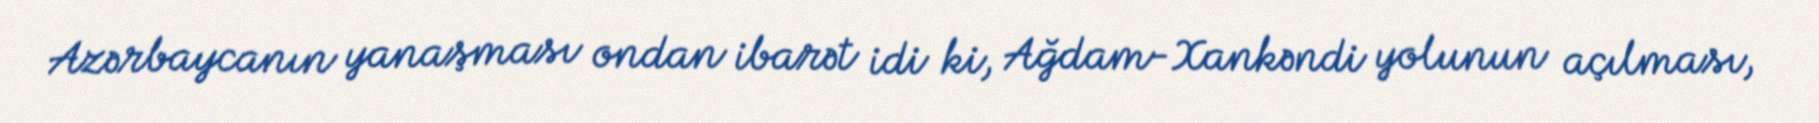
Azərbaycanın yanaşması ondan ibarət idi ki, Ağdam-Xankəndi yolunun açılması,